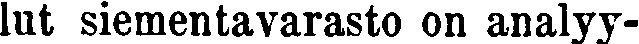
lut siementavarasta on analyy-